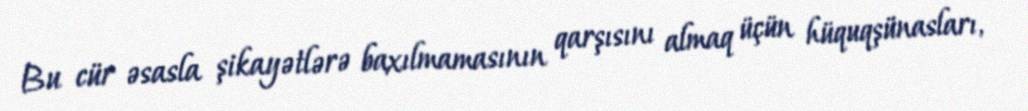
Bu cür əsasla şikayətlərə baxılmamasının qarşısını almaq üçün hüquqşünasları,